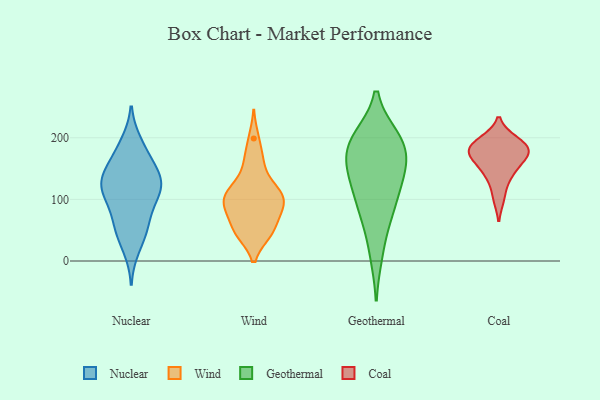
{"axis": {"x": "Net Income (USD K)", "y": "Value"}, "legend": ["Coal", "Geothermal", "Nuclear", "Wind"], "data": [{"x": "", "y": 154, "type": "Nuclear"}, {"x": "", "y": 125, "type": "Nuclear"}, {"x": "", "y": 131, "type": "Nuclear"}, {"x": "", "y": 56, "type": "Nuclear"}, {"x": "", "y": 138, "type": "Nuclear"}, {"x": "", "y": 133, "type": "Nuclear"}, {"x": "", "y": 20, "type": "Nuclear"}, {"x": "", "y": 104, "type": "Nuclear"}, {"x": "", "y": 119, "type": "Nuclear"}, {"x": "", "y": 79, "type": "Nuclear"}, {"x": "", "y": 185, "type": "Nuclear"}, {"x": "", "y": 47, "type": "Nuclear"}, {"x": "", "y": 115, "type": "Nuclear"}, {"x": "", "y": 192, "type": "Nuclear"}, {"x": "", "y": 162, "type": "Nuclear"}, {"x": "", "y": 102, "type": "Nuclear"}, {"x": "", "y": 54, "type": "Nuclear"}, {"x": "", "y": 164, "type": "Wind"}, {"x": "", "y": 116, "type": "Wind"}, {"x": "", "y": 49, "type": "Wind"}, {"x": "", "y": 120, "type": "Wind"}, {"x": "", "y": 45, "type": "Wind"}, {"x": "", "y": 70, "type": "Wind"}, {"x": "", "y": 199, "type": "Wind"}, {"x": "", "y": 115, "type": "Wind"}, {"x": "", "y": 159, "type": "Wind"}, {"x": "", "y": 87, "type": "Wind"}, {"x": "", "y": 99, "type": "Wind"}, {"x": "", "y": 111, "type": "Wind"}, {"x": "", "y": 87, "type": "Wind"}, {"x": "", "y": 45, "type": "Wind"}, {"x": "", "y": 89, "type": "Wind"}, {"x": "", "y": 93, "type": "Wind"}, {"x": "", "y": 46, "type": "Wind"}, {"x": "", "y": 133, "type": "Geothermal"}, {"x": "", "y": 77, "type": "Geothermal"}, {"x": "", "y": 197, "type": "Geothermal"}, {"x": "", "y": 12, "type": "Geothermal"}, {"x": "", "y": 106, "type": "Geothermal"}, {"x": "", "y": 141, "type": "Geothermal"}, {"x": "", "y": 75, "type": "Geothermal"}, {"x": "", "y": 199, "type": "Geothermal"}, {"x": "", "y": 168, "type": "Geothermal"}, {"x": "", "y": 194, "type": "Geothermal"}, {"x": "", "y": 147, "type": "Geothermal"}, {"x": "", "y": 186, "type": "Geothermal"}, {"x": "", "y": 178, "type": "Coal"}, {"x": "", "y": 173, "type": "Coal"}, {"x": "", "y": 170, "type": "Coal"}, {"x": "", "y": 141, "type": "Coal"}, {"x": "", "y": 189, "type": "Coal"}, {"x": "", "y": 142, "type": "Coal"}, {"x": "", "y": 170, "type": "Coal"}, {"x": "", "y": 103, "type": "Coal"}, {"x": "", "y": 195, "type": "Coal"}, {"x": "", "y": 191, "type": "Coal"}]}